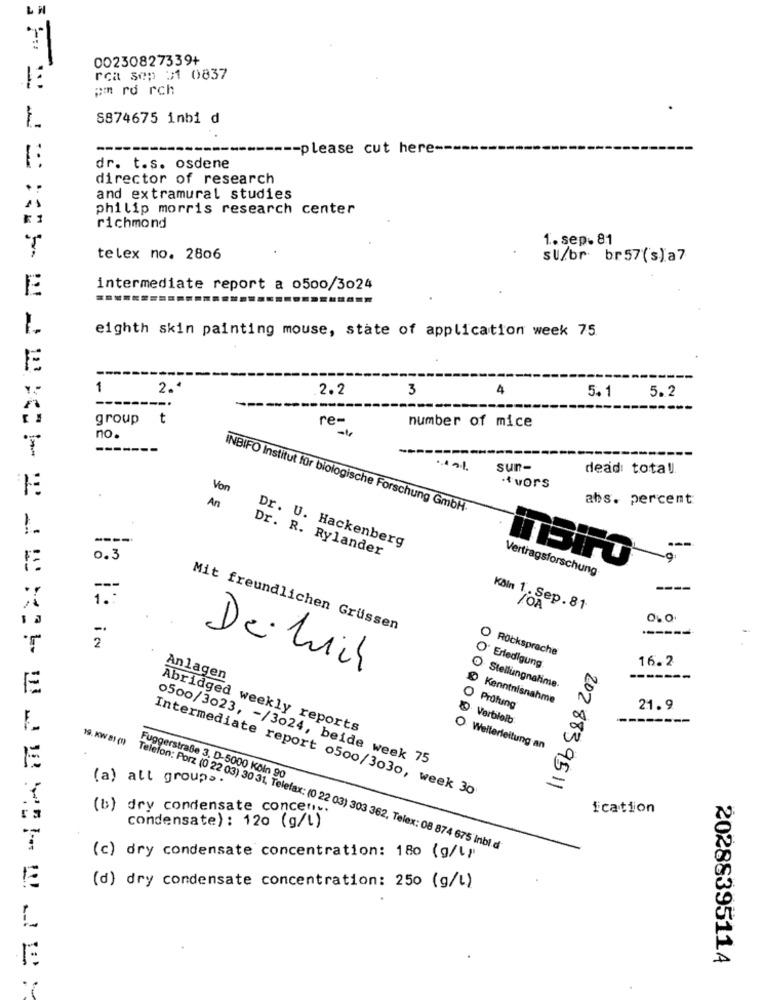
00230827339+
rca sep 31 0837
pm rd rch
S874675 inbi d
-please cut here-
dr. t.s. osdene
director of research
and extramural studies
philip morris research center
: 1
richmond
1. sep.81
telex no. 2806
su/br br57(s)a7
E
intermediate report a 0500/3024
1.
eighth skin painting mouse, state of application week 75
E
---
1
2.ª
2.2
3
4
5.1
5.2
group t
number of mice
re-
no
------
sun-
dead: total
.
Von
·* vors
abs. percent
An
INBIFO Institut für biologische Forschung GmbH-
----
Dr. R. Rylander
Dr. U. Hackenberg
---
0.3
Vertragsforschung
---
----
Köln 1. Sep. 81
TOA
O
-
Mit freundlichen Grüssen
2
O Rücksprache
16.2
De Luch
Erledigung
Anlagen
-------
Stellungnahme-
Kenntnisnahme
N
Prüfung
21.9
0 Verbleib
--------
Abridged weekly reports
W
O Weiterleitung an
o500/3023, - /3024, beide week 75
(a) all groups .
Fuggerstraße 3, D-5000 Köln 90
-
202 8839511
Intermediate report o500/3030, week 30
(b) dry condensate concen -.
ication
condensate) : 120 (g/l)
19. KW 81 (1) Telefon: Porz (0 22 03) 30 31, Telefax: (0 22 03) 303 362, Telex: 08 874 675 Inbl d'
(c) dry condensate concentration: 180 (g/l,
E
(d) dry condensate concentration: 250 (g/l)
2028839511A